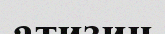
атизин